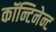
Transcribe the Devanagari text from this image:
कॉन्टिनेन्ट